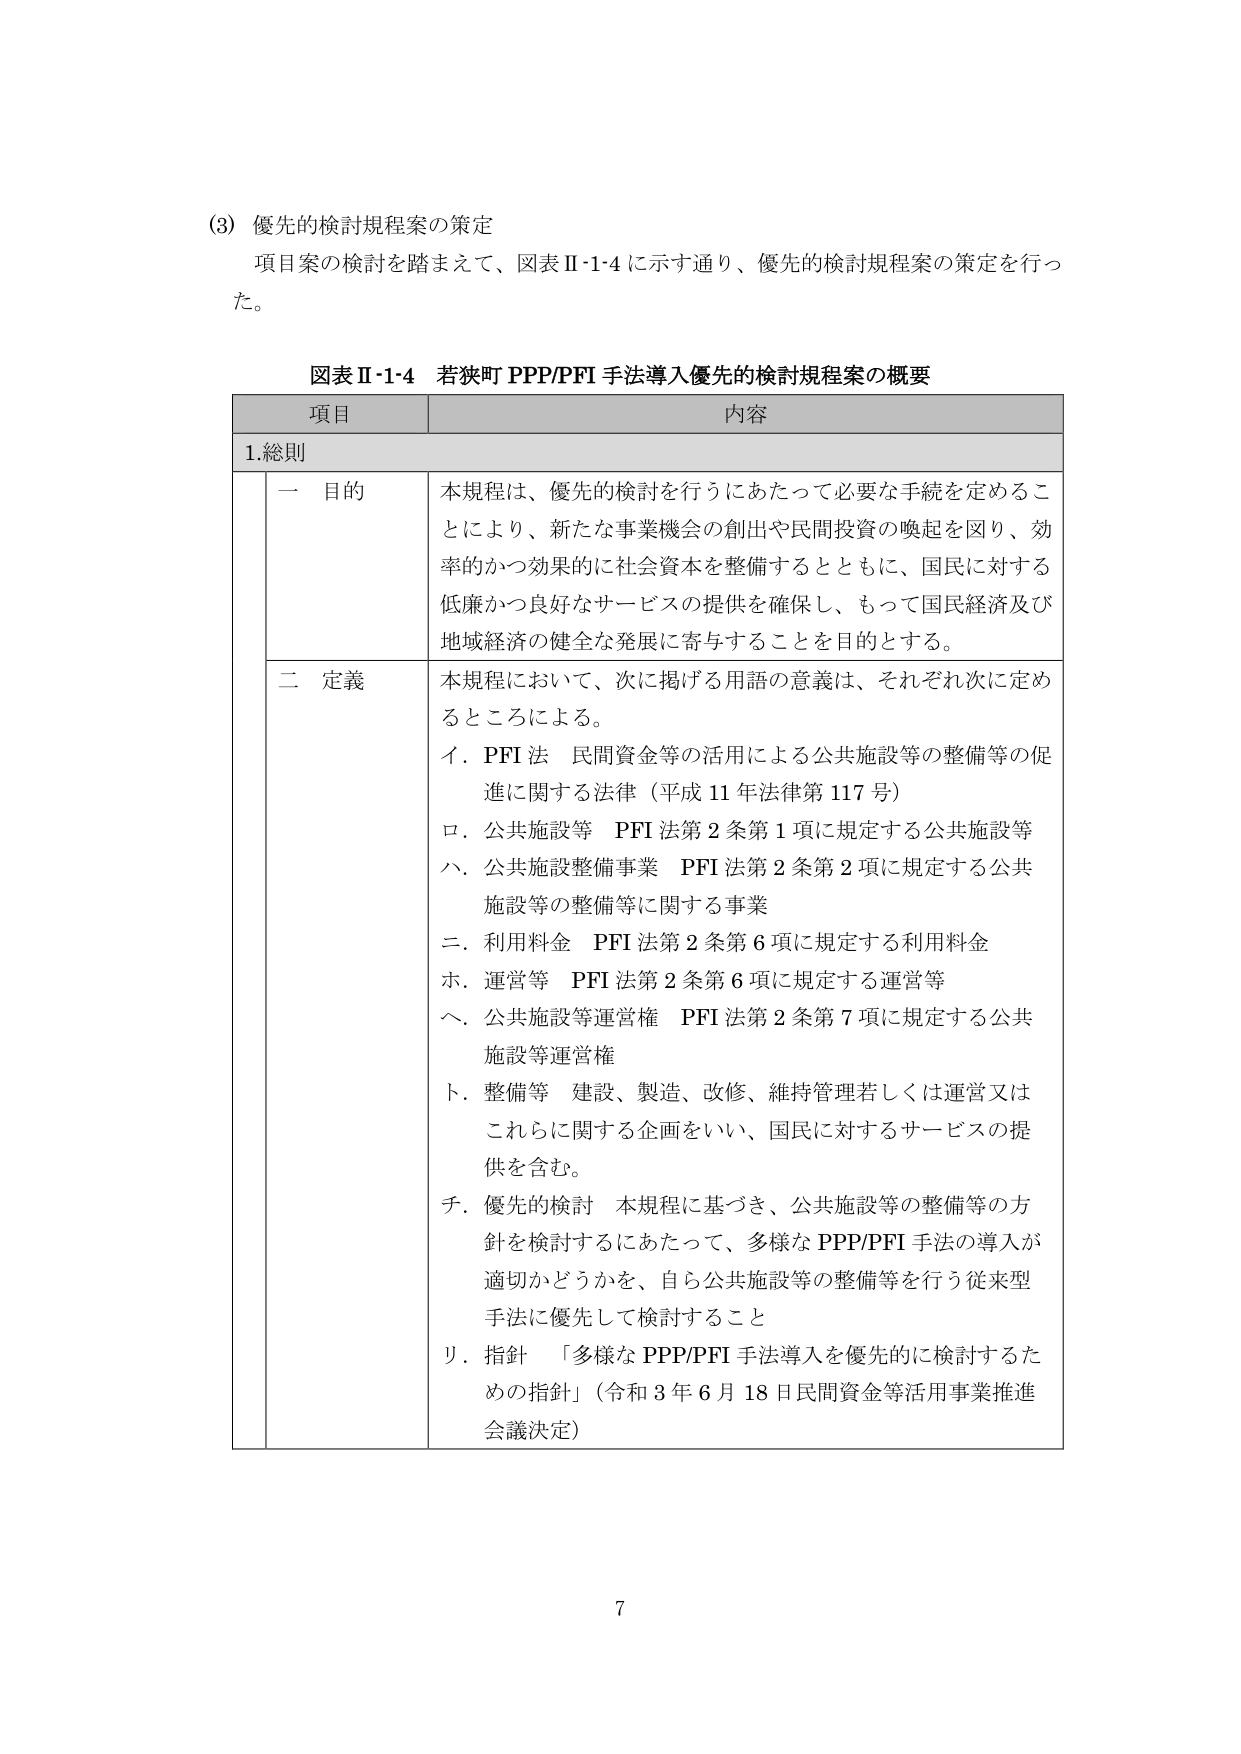
(3) 優先的検討規程案の策定
項目案の検討を踏まえて、図表Ⅱ-1・4に示す通り、優先的検討規程案の策定を行った。

図表Ⅱ-1・4 若狭町 PPP/PFI 手法導入優先的検討規程案の概要

項目 内容
1. 総則
　一 目的
　　本規程は、優先的検討を行うにあたって必要な手続を定めることにより、新たな事業機会の創出や民間投資の喚起を図り、効率的かつ効果的に社会資本を整備するとともに、国民に対する低廉かつ良好なサービスの提供を確保し、もって国民経済及び地域経済の健全な発展に寄与することを目的とする。
　二 定義
　　本規程において、次に掲げる用語の意義は、それぞれ次に定めるところによる。
　　イ．PFI 法　民間資金等の活用による公共施設等の整備等の促進に関する法律（平成11年法律第117号）
　　ロ．公共施設等　PFI法第2条第1項に規定する公共施設等
　　ハ．公共施設整備事業　PFI法第2条第2項に規定する公共施設等の整備等に関する事業
　　ニ．利用料金　PFI法第2条第6項に規定する利用料金
　　ホ．運営等　PFI法第2条第6項に規定する運営等
　　ヘ．公共施設等運営権　PFI法第2条第7項に規定する公共施設等運営権
　　ト．整備等　建設、製造、改修、維持管理若しくは運営又はこれらに関する企画をいい、国民に対するサービスの提供を含む。
　　チ．優先的検討　本規程に基づき、公共施設等の整備等の方針を検討するにあたって、多様なPPP/PFI手法の導入が適切かどうかを、自ら公共施設等の整備等を行う従来型手法に優先して検討すること
　　リ．指針　「多様なPPP/PFI手法導入を優先的に検討するための指針」（令和3年6月18日民間資金等活用事業推進会議決定）

7